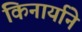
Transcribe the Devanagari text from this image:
किनार्याने